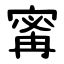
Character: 寗